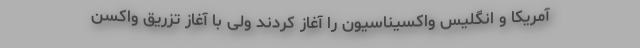
آمریکا و انگلیس واکسیناسیون را آغاز کردند ولی با آغاز تزریق واکسن